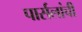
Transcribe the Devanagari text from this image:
पार्सलांची